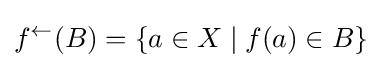
f^{\leftarrow }(B)=\{a\in X\;|\;f(a)\in B\}